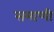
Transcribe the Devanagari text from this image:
समाणी